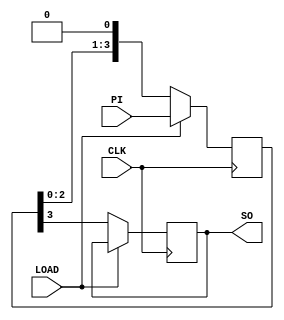
module PISO_design(
    input CLK, 
    input LOAD, 
    input [3:0] PI,
    output reg SO
);

reg [3:0] tmp;

always @(posedge CLK) begin
    if(LOAD) begin
        tmp <= PI;
    end
    else begin
        SO <= tmp[3];
        tmp <= {tmp[2:0], 1'b0};
    end
end

endmodule